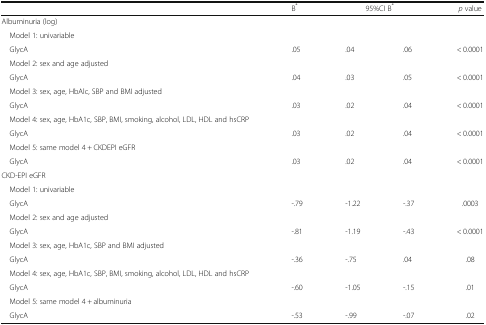
|  | B* | <COLSPAN=2> 95%CI B* | p value |
 | --- | --- | --- | --- | --- |
 | Albuminuria (log) |  |  |  |  |
 | Model 1: univariable |  |  |  |  |
 | GlycA | .05 | .04 | .06 | < 0.0001 |
 | Model 2: sex and age adjusted |  |  |  |  |
 | GlycA | .04 | .03 | .05 | < 0.0001 |
 | Model 3: sex, age, HbAlc, SBP and BMI adjusted |  |  |  |  |
 | GlycA | .03 | .02 | .04 | < 0.0001 |
 | Model 4: sex, age, HbA1c, SBP, BMI, smoking, alcohol, LDL, HDL and hsCRP |  |  |  |  |
 | GlycA | .03 | .02 | .04 | < 0.0001 |
 | Model 5: same model 4 + CKDEPI eGFR |  |  |  |  |
 | GlycA | .03 | .02 | .04 | < 0.0001 |
 | CKD-EPI eGFR |  |  |  |  |
 | Model 1: univariable |  |  |  |  |
 | GlycA | -.79 | -1.22 | -.37 | .0003 |
 | Model 2: sex and age adjusted |  |  |  |  |
 | GlycA | -.81 | -1.19 | -.43 | < 0.0001 |
 | Model 3: sex, age, HbA1c, SBP and BMI adjusted |  |  |  |  |
 | GlycA | -.36 | -.75 | .04 | .08 |
 | Model 4: sex, age, HbA1c, SBP, BMI, smoking, alcohol, LDL, HDL and hsCRP |  |  |  |  |
 | GlycA | -.60 | -1.05 | -.15 | .01 |
 | Model 5: same model 4 + albuminuria |  |  |  |  |
 | GlycA | -.53 | -.99 | -.07 | .02 |